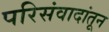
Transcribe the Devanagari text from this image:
परिसंवादांतून